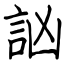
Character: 訩